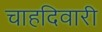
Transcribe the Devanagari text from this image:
चाहदिवारी